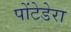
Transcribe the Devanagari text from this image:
पोंटेडेरा